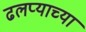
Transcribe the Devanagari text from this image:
ढलप्याच्या